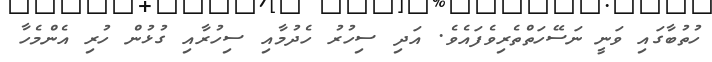
ހުތުބާގައި ވަނީ ނަސޭހަތްތެރިވެފައެވެ. އަދި ސިހުރު ހެދުމާއި ސިހުރާއި ގުޅުން ހުރި އެންމެހާ